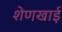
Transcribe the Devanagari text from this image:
शेणखाई